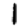
Digit: 1